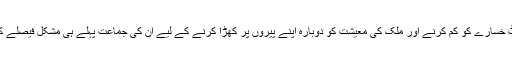
تاہم حکمران مسلم لیگ (ن) کے وزراء یہ واضح کرتے آئے ہیں کہ بجٹ خسارے کو کم کرنے اور ملک کی معیشت کو دوبارہ اپنے پیروں پر کھڑا کرنے کے لیے اُن کی جماعت پہلے ہی مشکل فیصلے کر چکی تھی اور رعایتوں کی شرح میں کمی بیرونی دباؤ کا نتیجہ نہیں۔